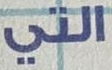
التي